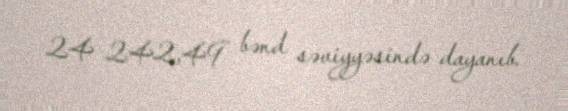
24 242,49 bənd səviyyəsində dayanıb.